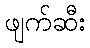
ဖျက်ဆီး